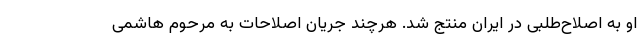
او به اصلاح‌طلبی در ایران منتج شد. هرچند جریان اصلاحات به مرحوم هاشمی